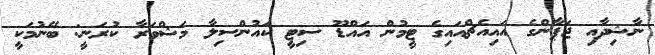
ނާޝިދާއި ޖަޕާންގެ އައިއެޗްއައިގެ ޓީމުން އައްޑޫ ސިޓީ ކައުންސިލާ މަޝްވަރާ ކުރަނީ: ބޭނުމަކީ